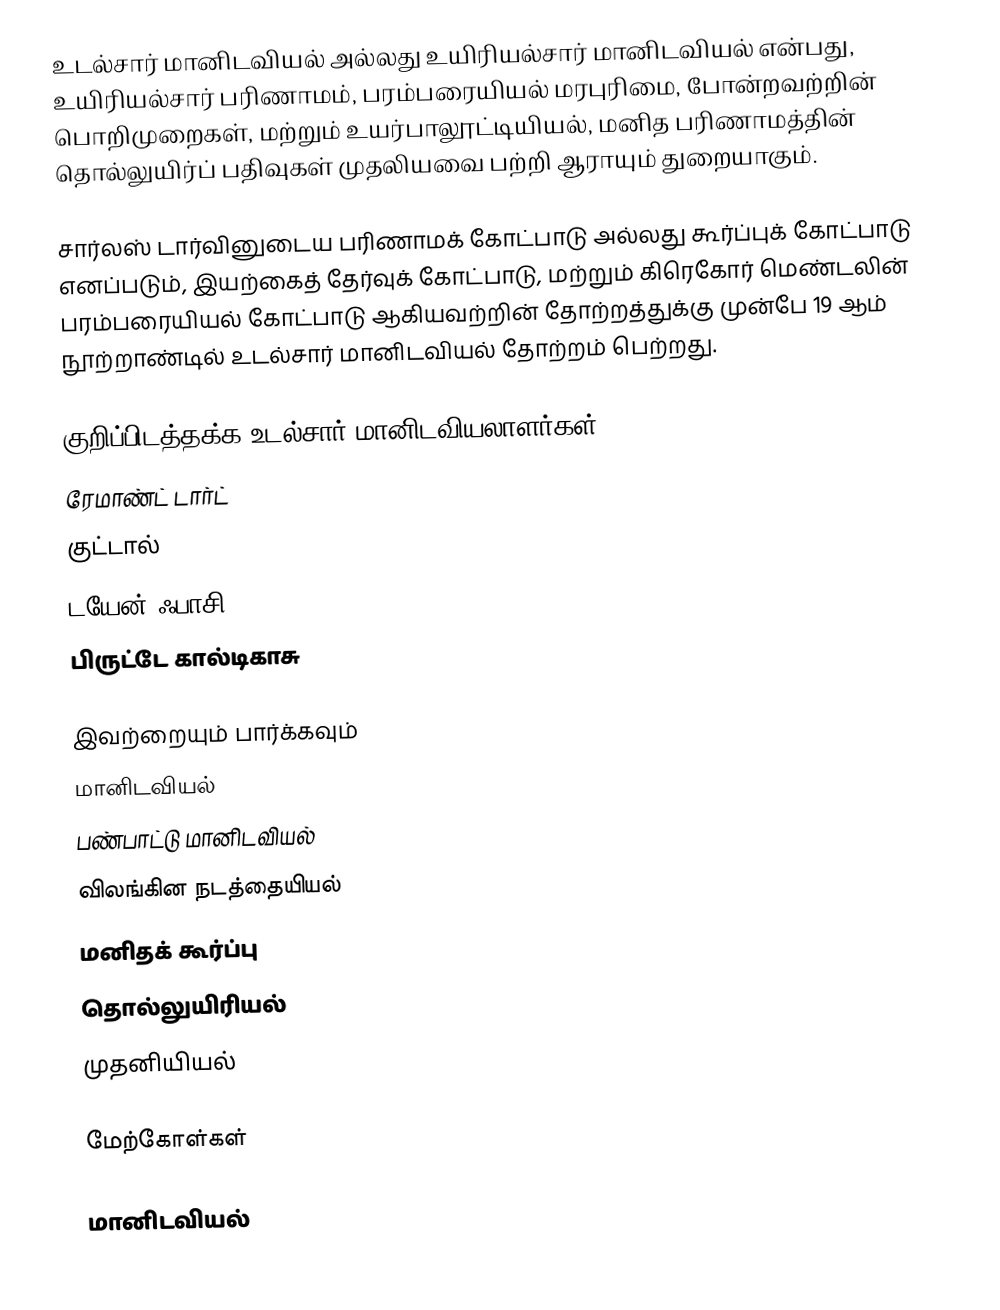
உடல்சார் மானிடவியல் அல்லது உயிரியல்சார் மானிடவியல் என்பது, உயிரியல்சார் பரிணாமம், பரம்பரையியல் மரபுரிமை, போன்றவற்றின் பொறிமுறைகள், மற்றும் உயர்பாலூட்டியியல், மனித பரிணாமத்தின் தொல்லுயிர்ப் பதிவுகள் முதலியவை பற்றி ஆராயும் துறையாகும்.

சார்லஸ் டார்வினுடைய பரிணாமக் கோட்பாடு அல்லது கூர்ப்புக் கோட்பாடு எனப்படும், இயற்கைத் தேர்வுக் கோட்பாடு, மற்றும் கிரெகோர் மெண்டலின் பரம்பரையியல் கோட்பாடு ஆகியவற்றின் தோற்றத்துக்கு முன்பே 19 ஆம் நூற்றாண்டில் உடல்சார் மானிடவியல் தோற்றம் பெற்றது.

குறிப்பிடத்தக்க உடல்சார் மானிடவியலாளர்கள்
 ரேமாண்ட் டார்ட்
 குட்டால்
 டயேன் ஃபாசி
 பிருட்டே கால்டிகாசு

இவற்றையும் பார்க்கவும்
 மானிடவியல்
 பண்பாட்டு மானிடவியல்
 விலங்கின நடத்தையியல்
 மனிதக் கூர்ப்பு
 தொல்லுயிரியல்
 முதனியியல்

மேற்கோள்கள்

மானிடவியல்